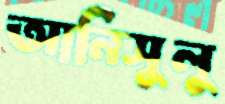
আনিসুলু